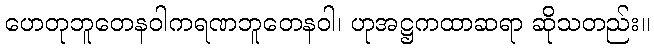
ဟေတုဘူတေနဝါကရဏဘူတေနဝါ၊ ဟုအဋ္ဌကထာဆရာ ဆိုသတည်း။